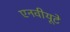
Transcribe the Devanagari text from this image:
एनवीयूटे